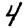
Digit: 4